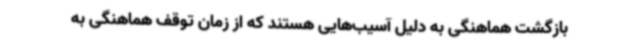
بازگشت هماهنگی به دلیل آسیب‌هایی هستند که از زمان توقف هماهنگی به